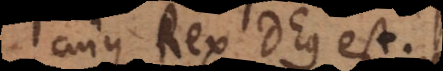
cujus Rex Deus est.